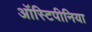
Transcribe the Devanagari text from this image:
ऑस्टिपीनिया